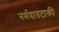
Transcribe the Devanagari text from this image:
नर्मदातटाकी